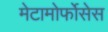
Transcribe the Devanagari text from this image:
मेटामोर्फोसेस